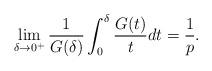
LaTeX: \begin{align*}\lim\limits_{\delta\to0^+} \frac{1}{G(\delta)}\int_0^\delta\frac{G(t)}{t}dt=\frac{1}{p}.\end{align*}